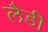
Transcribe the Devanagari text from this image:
लैडी